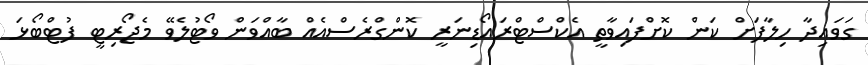
ގަވައިދާ ހިލާފަށް ކަން ކޮށްފައިވާތީ އެކްސްޓްރައޯޑިނަރީ ކޮންގްރެސްއެއް ބާއްވަން ވޯޓުލެވޭ މެޖޯރިޓީ ފުޓްބޯޅަ